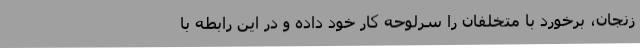
زنجان، برخورد با متخلفان را سرلوحه کار خود داده و در این رابطه با